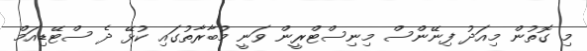
މި ގޮތުން މިއަދު ފިނޭންސް މިނިސްޓްރީން ވަނީ މުބާރާތުގައި ކުޅޭ ދެ ސްޓޭޑިއަމް